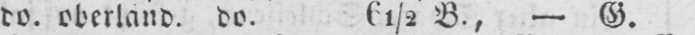
do. oberland. do. 61/2 B., - G.